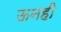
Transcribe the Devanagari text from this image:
ऊनही